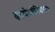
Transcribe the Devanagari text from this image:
दशमेहनीतिवापाठः